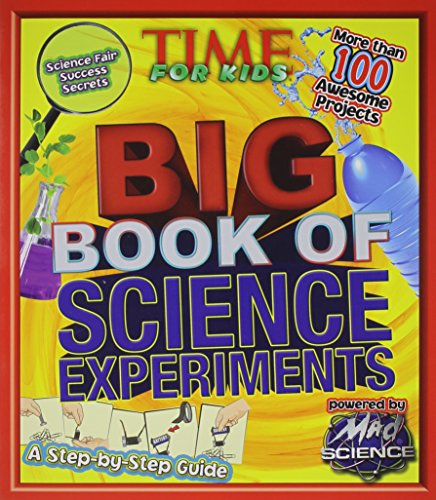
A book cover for TIME For Kids Big Book of Science Experiments; Editors of TIME For Kids Magazine; Science & Math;